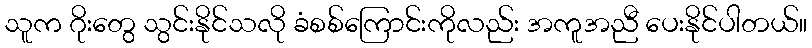
သူက ဂိုးတွေ သွင်းနိုင်သလို ခံစစ်ကြောင်းကိုလည်း အကူအညီ ပေးနိုင်ပါတယ်။